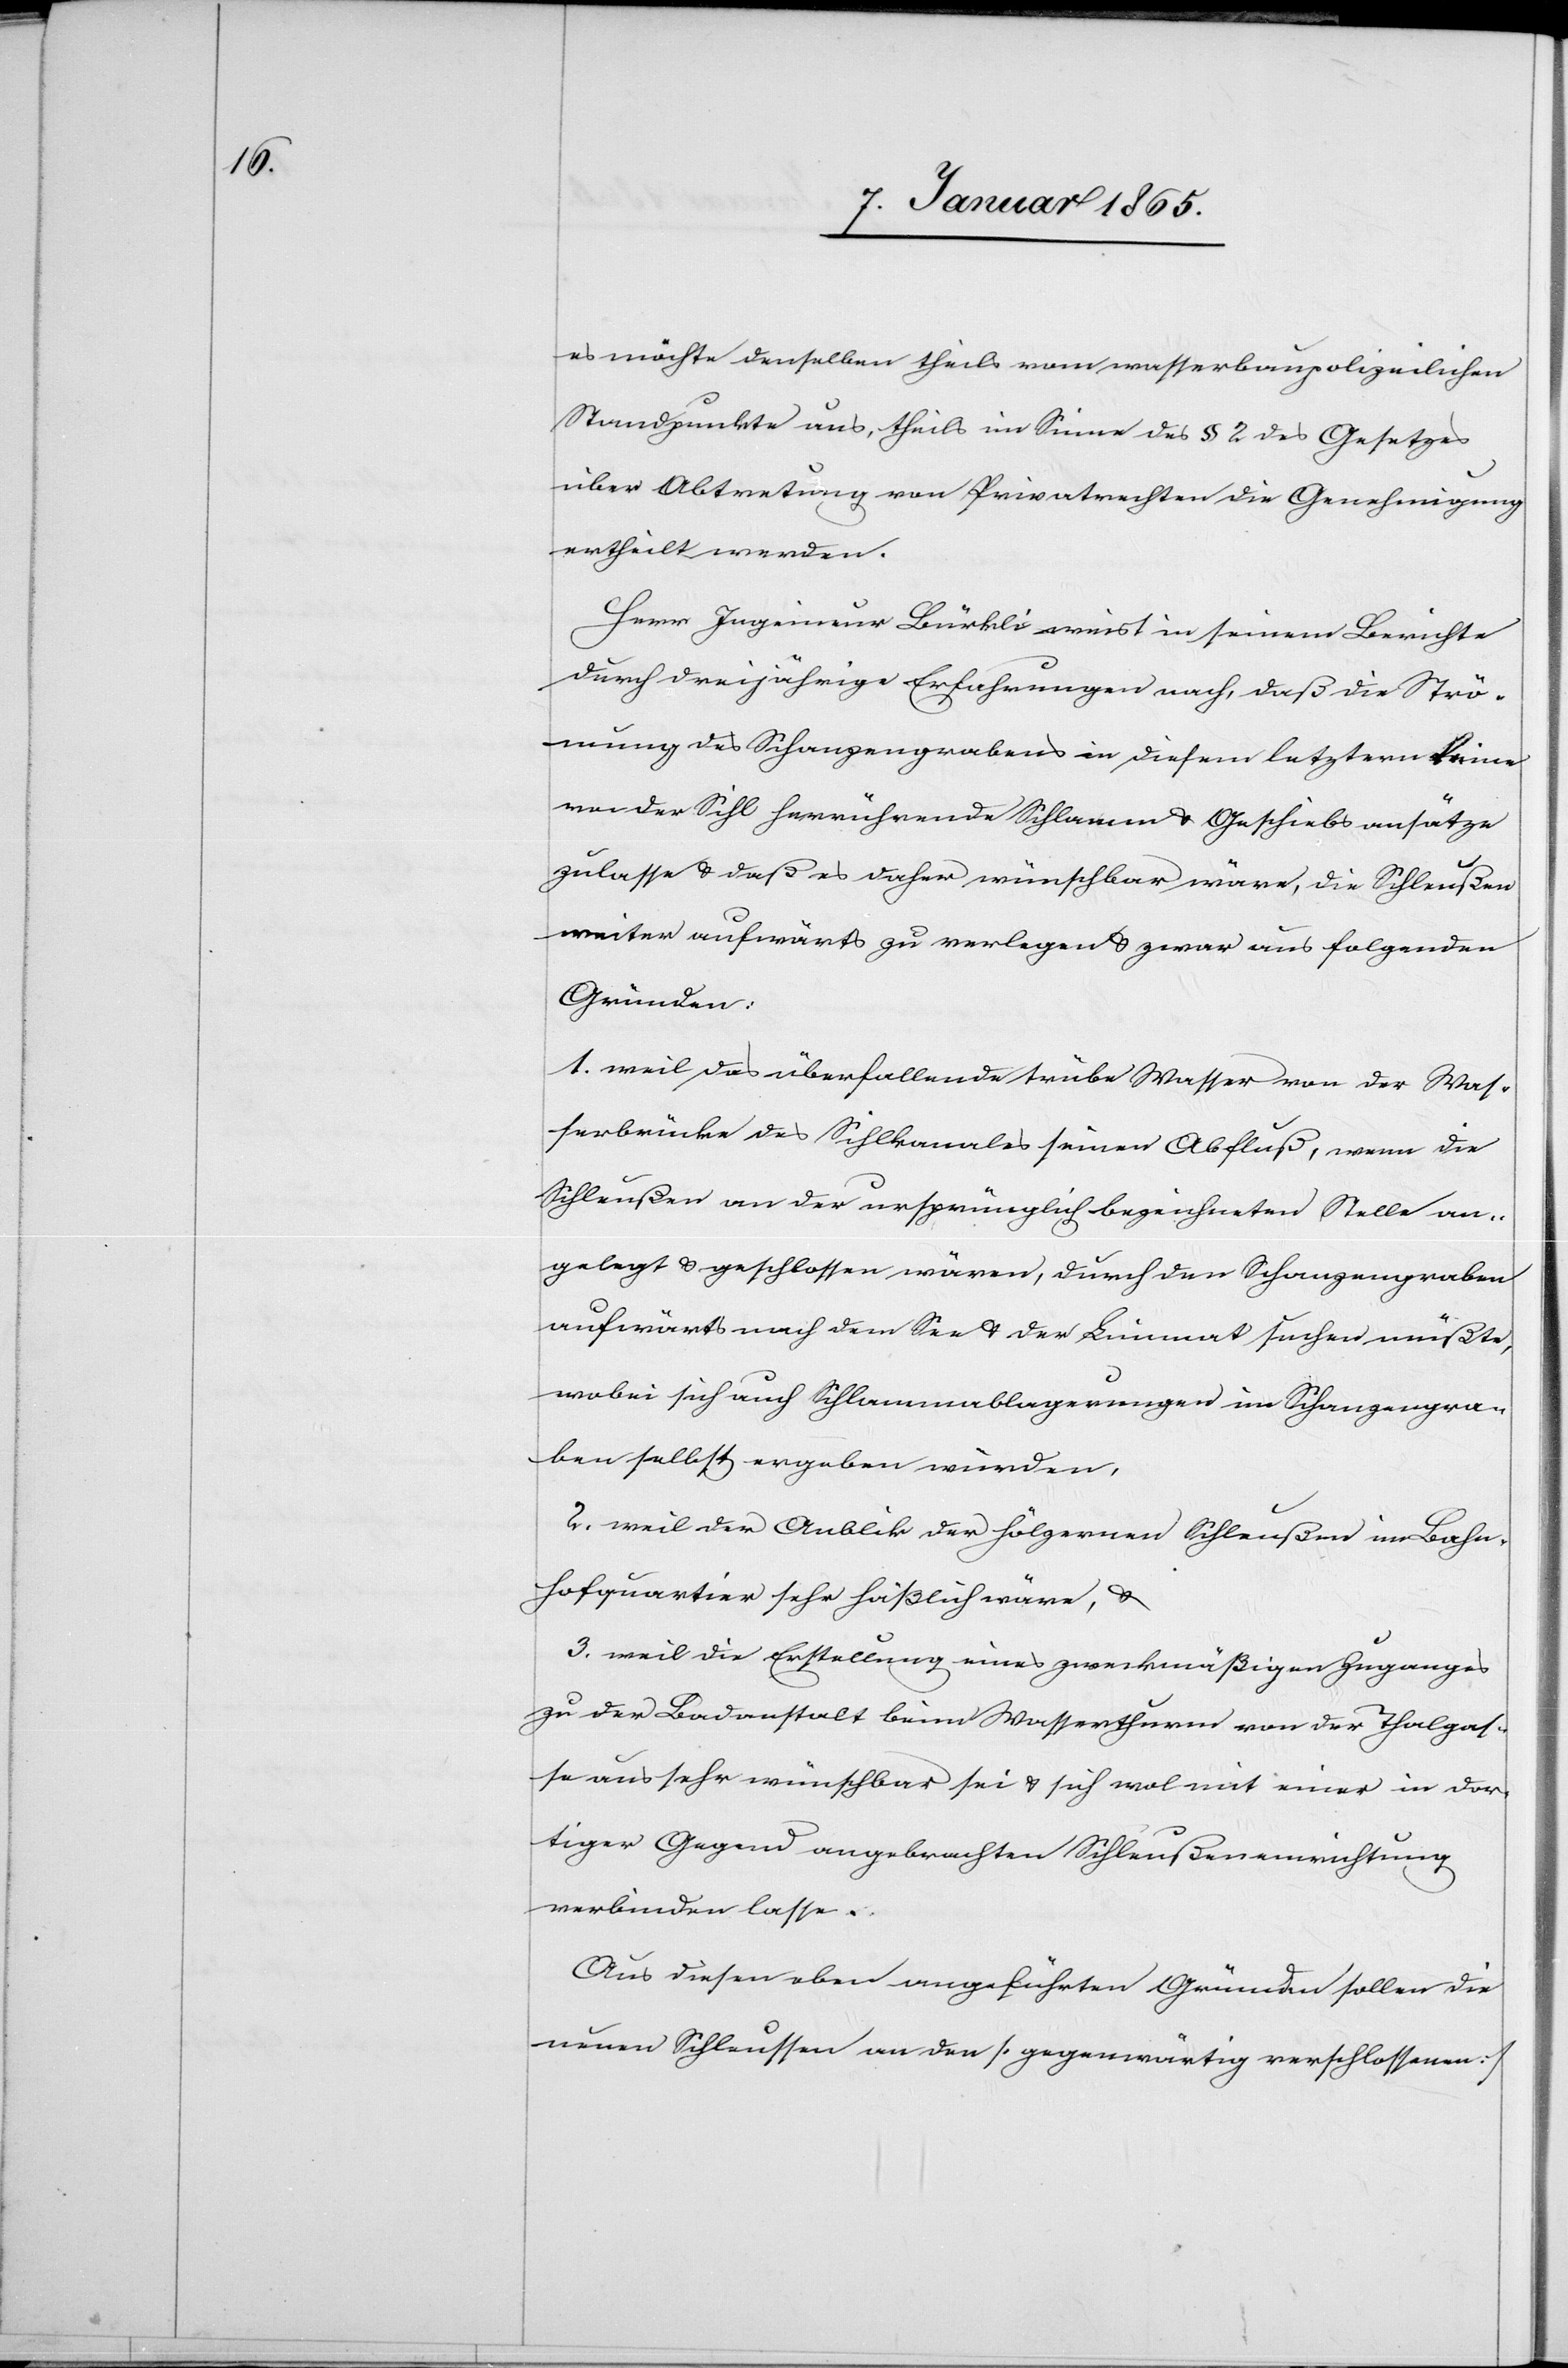
es möchte denselben theils vom wasserbaupolizeilichen
Standpunkte aus, theils im Sinne des § 2 des Gesetzes
über Abtretung von Privatrechten die Genehmigung
ertheilt werden.
Herr Ingenieur Bürkli weist in seinem Berichte
durch dreijährige Erfahrungen nach, daß die Strö¬
mung des Schanzengrabens in diesem letztern [?keine]
von der Sihl herrührende Schlamm u. Geschiebsansätze
zulasse u. daß es daher wünschbar wäre, die Schleußen
weiter aufwärts zu verlegen u. zwar aus folgenden
Gründen:
1. weil das überfallende trübe Wasser von der Was¬
serbrücke des Sihlkanales seinen Abfluß, wenn die
Schleußen an der ursprünglich bezeichneten Stelle an¬
gelegt u. geschlossen wären, durch den Schanzengraben
aufwärts nach dem See u. der Limmat suchen müßte,
wobei sich auch Schlammablagerungen im Schanzengra¬
ben selbst ergeben würden,
2. weil der Anblik der hölzernen Schleußen im Bahn¬
hofquartier sehr häßlich wäre, u.
3. weil die Erstellung eines zweckmäßigen Zuganges
zu der Badanstalt beim Wasserthurm von der Thalgas¬
se aus sehr wünschbar sei u. sich wol mit einer in dor¬
tiger Gegend angebrachten Schleußeneinrichtung
verbinden lasse.
Aus diesen eben angeführten Gründen sollen die
neuen Schleussen an den [gegenwärtig verschlossenen]